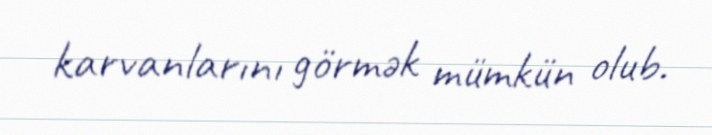
karvanlarını görmək mümkün olub.